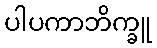
ပါပကာဘိက္ခူ